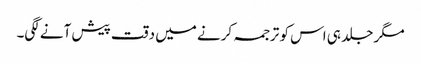
مگر جلد ہی اس کو ترجمہ کرنے میں دقت پیش آنے لگی۔